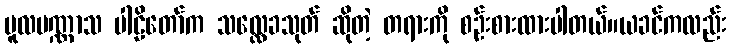
မူလပဏ္ဏာသ ပါဠိတော်က သလ္လေခသုတ် ဆိုတဲ့ တရားကို စဉ်းစားထားပါတယ်။ယခင်ကလည်း